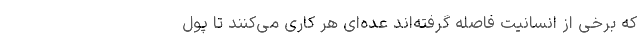
که برخی از انسانیت فاصله گرفته‌اند عده‌ای هر کاری می‌کنند تا پول